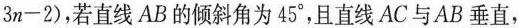
$$3 n - 2$$)，若直线AB的倾斜角为45°，且直线AC与AB垂直，